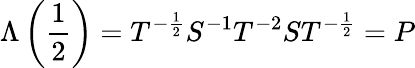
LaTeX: \Lambda\left(\frac{1}{2}\right)=T^{-\frac{1}{2}}S^{-1}T^{-2}ST^{-\frac{1}{2}}=P